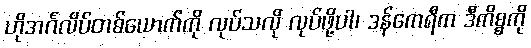
ဟိုအင်္ဂလိပ်တစ်ယောက်ကို လုပ်သလို လုပ်ဖို့ပါ၊ ဒန်ကေရီက ဒီကိစ္စကို